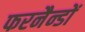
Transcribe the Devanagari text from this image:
फरनैन्डों